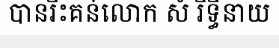
បានរិះគន់លោក សំ រឹទ្ធីនាយ